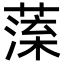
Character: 𦺁